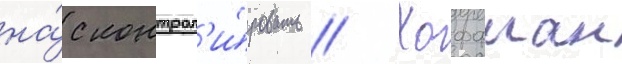
на́с контрол'и́ровать // Хоффман